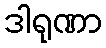
ဒါရုဏာ